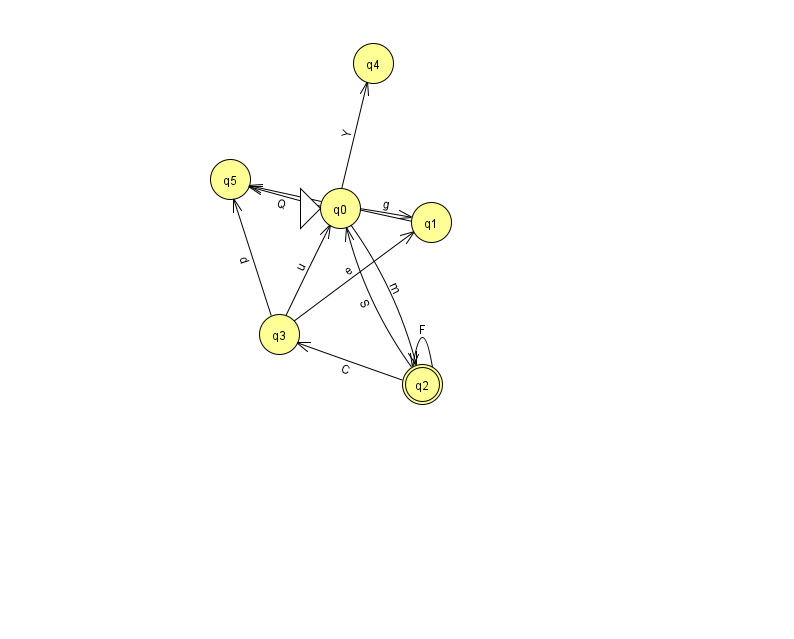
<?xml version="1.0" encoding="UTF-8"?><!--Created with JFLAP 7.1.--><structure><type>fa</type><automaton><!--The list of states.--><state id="0" name="q0"><x>340.0</x><y>195.0</y><initial/></state><state id="1" name="q1"><x>431.0</x><y>209.0</y></state><state id="2" name="q2"><x>422.0</x><y>371.0</y><final/></state><state id="3" name="q3"><x>279.0</x><y>321.0</y></state><state id="4" name="q4"><x>373.0</x><y>50.0</y></state><state id="5" name="q5"><x>230.0</x><y>166.0</y></state><!--The list of transitions.--><transition><from>0</from><to>4</to><read>Y</read></transition><transition><from>2</from><to>3</to><read>C</read></transition><transition><from>3</from><to>5</to><read>d</read></transition><transition><from>0</from><to>1</to><read>g</read></transition><transition><from>2</from><to>2</to><read>F</read></transition><transition><from>0</from><to>2</to><read>m</read></transition><transition><from>2</from><to>0</to><read>S</read></transition><transition><from>3</from><to>1</to><read>e</read></transition><transition><from>0</from><to>5</to><read>Q</read></transition><transition><from>3</from><to>0</to><read>u</read></transition><transition><from>1</from><to>5</to><read>V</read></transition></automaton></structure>